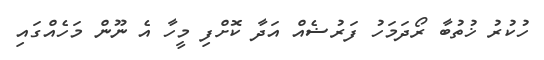
ހުކުރު ޚުތުބާ ރޯދަމަހު ފަރުޟެއް އަދާ ކޮށްފި މީހާ އެ ނޫން މަހެއްގައި